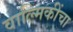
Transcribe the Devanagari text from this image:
वाल्मिकींचा